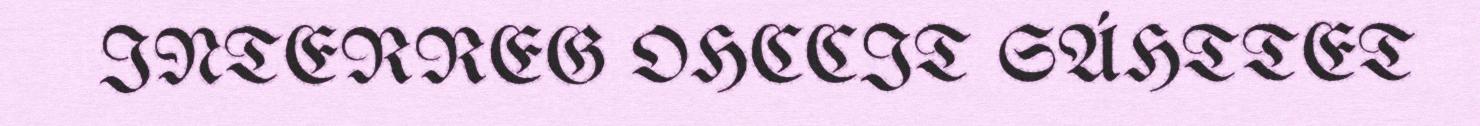
INTERREG OHCCIT SÁHTTET